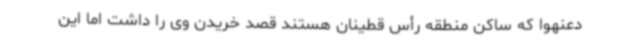
دعنهوا که ساکن منطقه رأس قطینان هستند قصد خریدن وی را داشت اما این